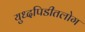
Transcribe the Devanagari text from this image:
युध्दपिडीतलोग